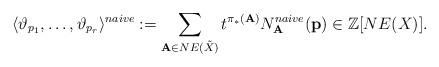
LaTeX: \begin{align*}\langle \vartheta_{p_1},\ldots,\vartheta_{p_r}\rangle^{naive} := \sum_{\textbf{A} \in NE(\tilde{X})} t^{\pi_*(\textbf{A})} N_\textbf{A}^{naive}(\textbf{p}) \in \mathbb{Z}[NE(X)].\end{align*}